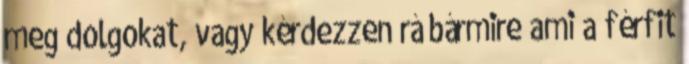
meg dolgokat, vagy kérdezzen rá bármire ami a férfit